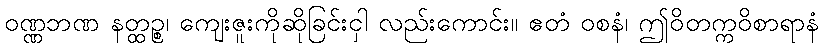
ဝဏ္ဏဘဏ နတ္ထဉ္စ၊ ကျေးဇူးကိုဆိုခြင်းငှါ လည်းကောင်း။ ဧတံ ဝစနံ၊ ဤဝိတက္ကဝိစာရာနံ